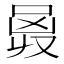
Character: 𠵶